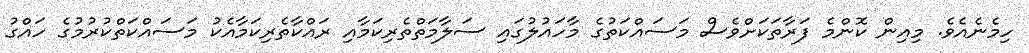
ހިމެނެއެވެ. މިއިން ކޮންމެ ފަރާތަކަށްވެސް މަސައްކަތުގެ މާހައުލުގައި ސަލާމަތްތެރިކަމާއި ރައްކާތެރިކަމާއެކު މަސައްކަތްކުރުމުގެ ހައްގު